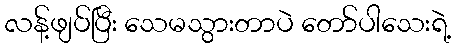
လန့်ဖျပ်ပြီး သေမသွားတာပဲ တော်ပါသေးရဲ့